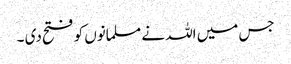
جس میں اللہ نے مسلمانوں کو فتح دی ۔